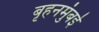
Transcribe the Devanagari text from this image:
बृहनमुंबई